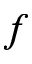
\boldsymbol { f }